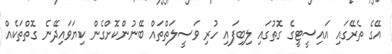
އޭގެ ތެރޭގައި އައިސީޓީގެ ގޮތުގައި ލިބިފައި ހުރި ވަސީލަތްތައް ބޭނުންކޮށްގެން ކިޔަވައިދޭނެ ގޮތްތަކެއް